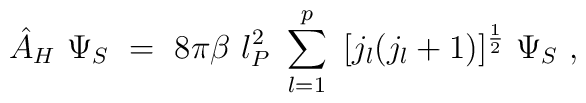
{\hat A}_H~\Psi_S~=~8\pi \beta~l_{P}^2~\sum_{l=1}^p~[j_l(j_l+1)]^{\frac12}~\Psi_S~,